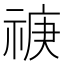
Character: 𥚏